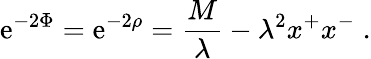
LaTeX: \mathrm{e}^{-2\Phi}=\mathrm{e}^{-2\rho}={\frac{{M}}{{\lambda}}}-\lambda^{2}x^{+}x^{-}\; .